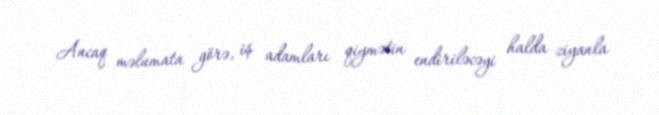
Ancaq məlumata görə, iş adamları qiymətin endiriləcəyi halda ziyanla